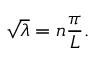
{ \sqrt { \lambda } } = n { \frac { \pi } { L } } .